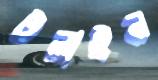
টলাইন